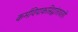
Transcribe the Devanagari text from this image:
कर्मविपाकसिद्धांतावरही